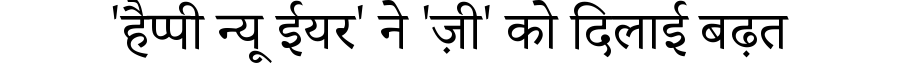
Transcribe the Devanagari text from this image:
'हैप्पी न्यू ईयर' ने 'ज़ी' को दिलाई बढ़त